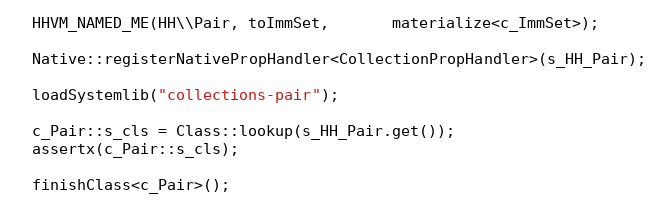
Language: C++
  HHVM_NAMED_ME(HH\\Pair, toImmSet,       materialize<c_ImmSet>);

  Native::registerNativePropHandler<CollectionPropHandler>(s_HH_Pair);

  loadSystemlib("collections-pair");

  c_Pair::s_cls = Class::lookup(s_HH_Pair.get());
  assertx(c_Pair::s_cls);

  finishClass<c_Pair>();